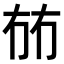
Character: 𭁤